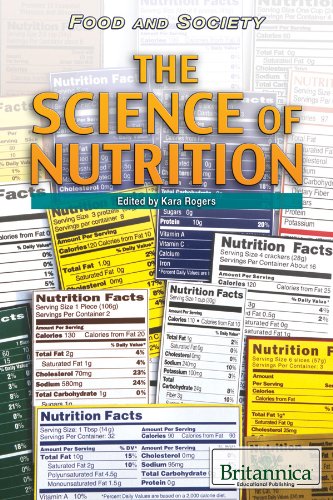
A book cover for The Science of Nutrition (Food and Society); Teen & Young Adult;